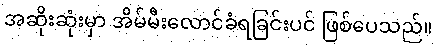
အဆိုးဆုံးမှာ အိမ်မီးလောင်ခံရခြင်းပင် ဖြစ်ပေသည်။